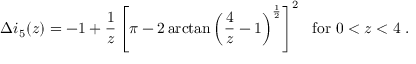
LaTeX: \Delta i _ { 5 } ( z ) = - 1 + \frac { 1 } { z } \left[ \pi - 2 \arctan \left( \frac { 4 } { z } - 1 \right) ^ { \frac { 1 } { 2 } } \right] ^ { 2 } ~ ~ \mathrm { f o r } ~ 0 < z < 4 ~ .